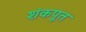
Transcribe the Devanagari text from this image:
शंकपूत